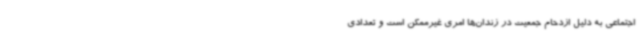
اجتماعی به دلیل ازدحام جمعیت در زندان‌ها امری غیرممکن است و تعدادی